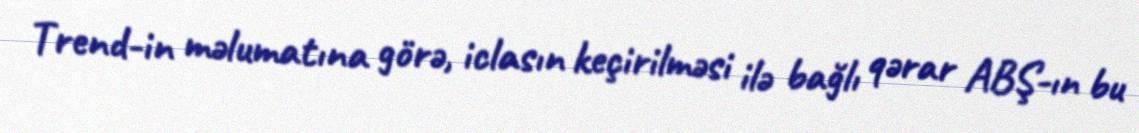
Trend-in məlumatına görə, iclasın keçirilməsi ilə bağlı qərar ABŞ-ın bu